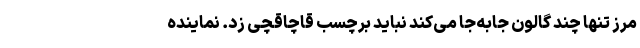
مرز تنها چند گالون جابه‌جا می‌کند نباید برچسب قاچاقچی زد. نماینده